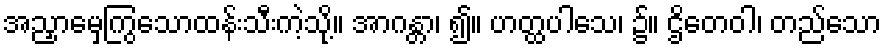
အညှာမှေကြွသောထန်းသီးကဲ့သို့။ အာဂန္တာ၊ ၍။ ဟတ္ထပါသေ၊ ၌။ ဌိတေဝါ၊ တည်သော